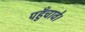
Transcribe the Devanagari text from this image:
पहुँचावे।